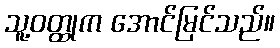
သူ့ဝတ္ထုက အောင်မြင်သည်။